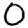
Digit: 0